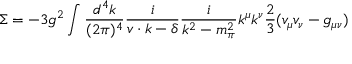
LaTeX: \Sigma = - 3 g ^ { 2 } \int { \frac { d ^ { 4 } k } { ( 2 \pi ) ^ { 4 } } } { \frac { i } { v \cdot k - \delta } } { \frac { i } { k ^ { 2 } - m _ { \pi } ^ { 2 } } } k ^ { \mu } k ^ { \nu } { \frac { 2 } { 3 } } ( v _ { \mu } v _ { \nu } - g _ { \mu \nu } )